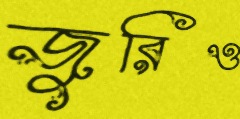
জুরিও